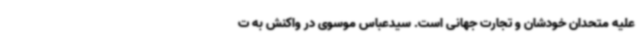
علیه متحدان خودشان و تجارت جهانی است. سیدعباس موسوی در واکنش به ت